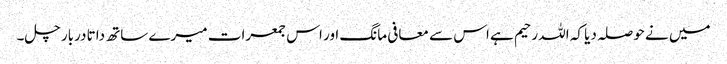
میں نے حوصلہ دیا کہ اللہ رحیم ہے اس سے معافی مانگ اور اس جمعرات میرے ساتھ داتا دربار چل۔